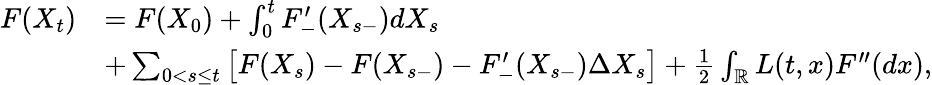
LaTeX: \begin{array}{rl}{F(X_{t})}&{=F(X_{0})+\int_{0}^{t}F_{-}^{\prime}(X_{s-})dX_{s}}\\ &{+\sum_{0<s\leq t}\left[F(X_{s})-F(X_{s-})-F_{-}^{\prime}(X_{s-})\Delta X_{s}\right]+\frac{1}{2}\int_{{\mathbb R}}L(t,x)F^{\prime\prime}(dx),}\end{array}